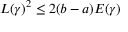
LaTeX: L ( \gamma ) ^ { 2 } \leq 2 ( b - a ) E ( \gamma )